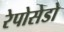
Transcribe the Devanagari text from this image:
रेपोसेडो